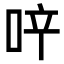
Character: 𠲗